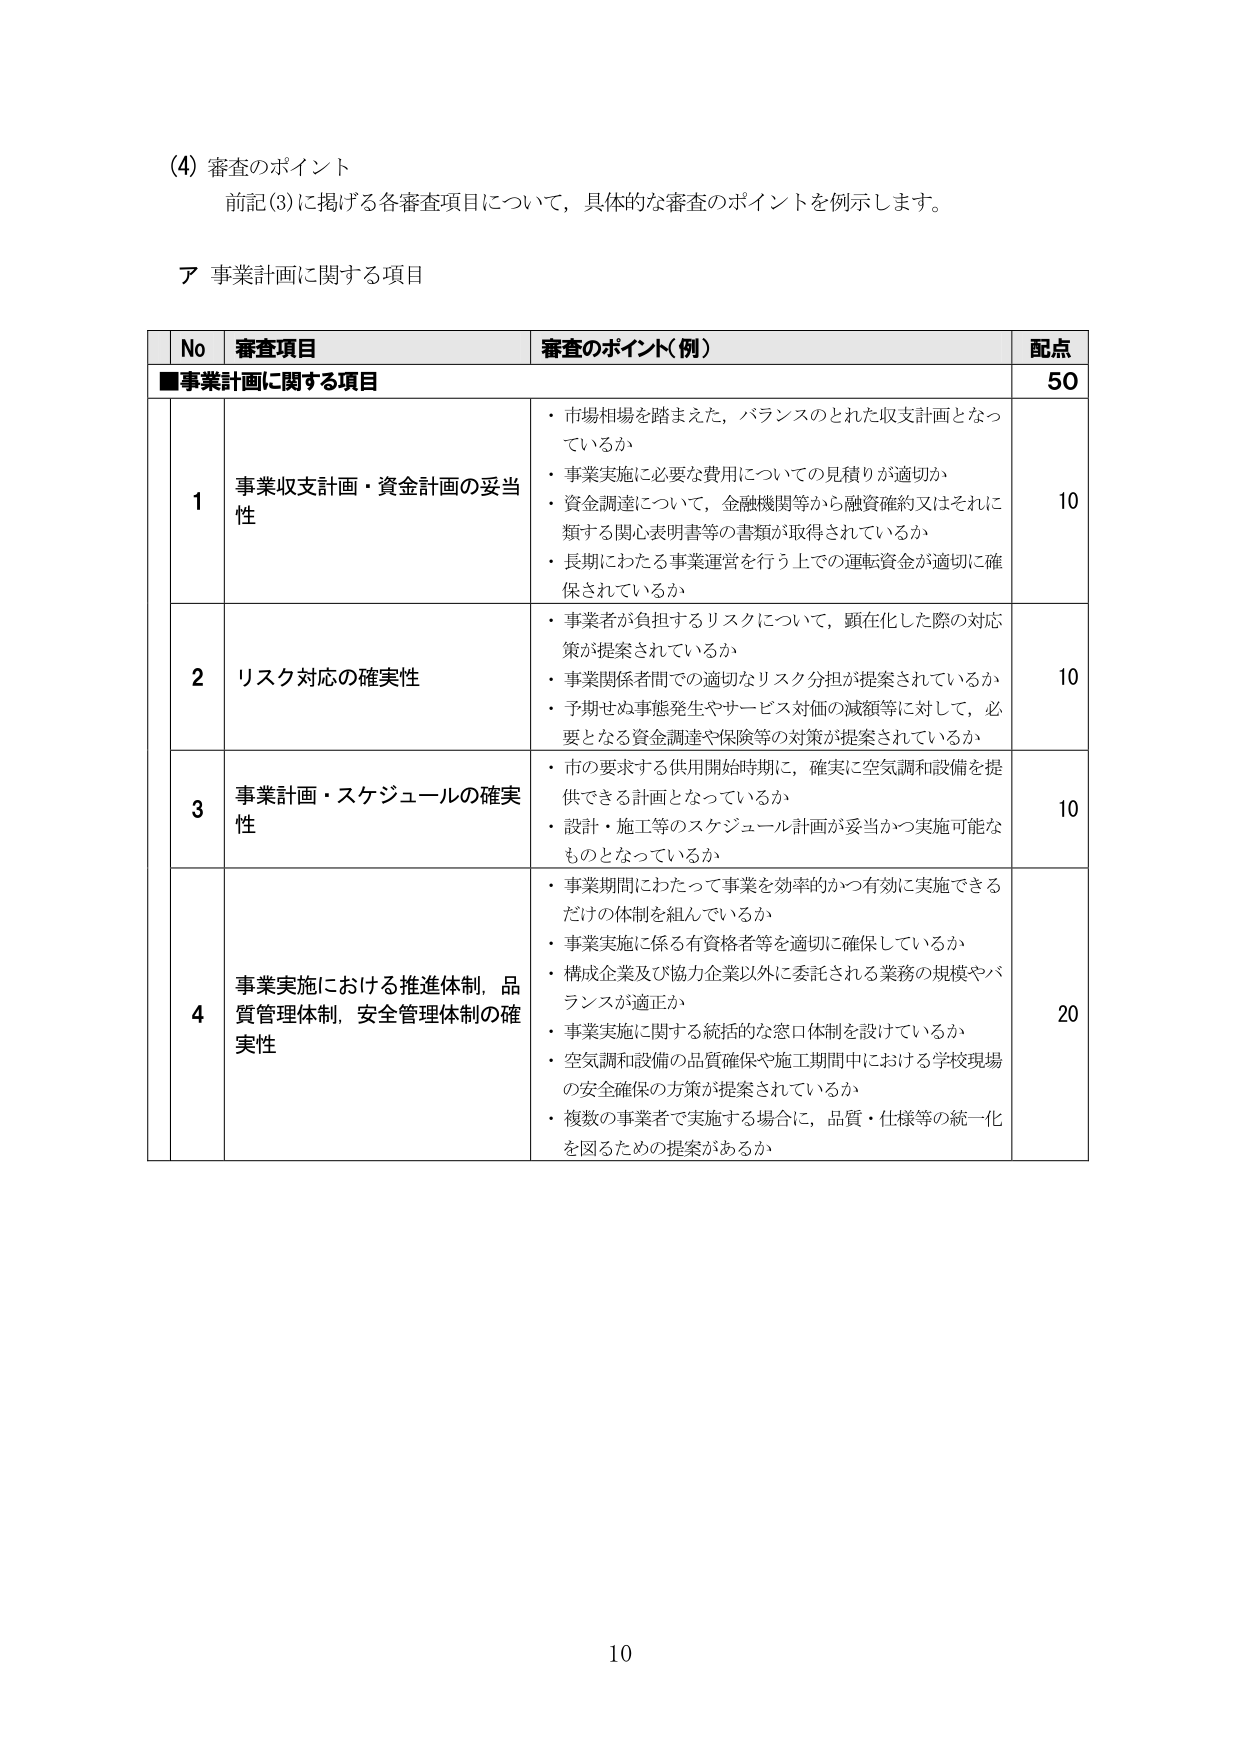
(4) 審査のポイント
前記(3)に掲げる各審査項目について，具体的な審査のポイントを例示します。

ア 事業計画に関する項目

| No | 審査項目 | 審査のポイント（例） | 配点 |
|----|----------|----------------------|------|
| ■事業計画に関する項目 | | | 50 |
| 1 | 事業収支計画・資金計画の妥当性 | ・市場相場を踏まえた，バランスのとれた収支計画となっているか<br>・事業実施に必要な費用についての見積りが適切か<br>・資金調達について，金融機関等から融資確約又はそれに類する関心表明書等の書類が取得されているか<br>・長期にわたる事業運営を行う上での運転資金が適切に確保されているか | 10 |
| 2 | リスク対応の確実性 | ・事業者が負担するリスクについて，顕在化した際の対応策が提案されているか<br>・事業関係者間での適切なリスク分担が提案されているか<br>・予期せぬ事態発生やサービス対価の減額等に対して，必要となる資金調達や保険等の対策が提案されているか | 10 |
| 3 | 事業計画・スケジュールの確実性 | ・市の要求する供用開始時期に，確実に空気調和設備を提供できる計画となっているか<br>・設計・施工等のスケジュール計画が妥当かつ実施可能なものとなっているか | 10 |
| 4 | 事業実施における推進体制，品質管理体制，安全管理体制の確実性 | ・事業期間にわたって事業を効率的かつ有効に実施できるだけの体制を組んでいるか<br>・事業実施に係る有資格者等を適切に確保しているか<br>・構成企業及び協力企業以外に委託される業務の規模やバランスが適正か<br>・事業実施に関する統括的な窓口体制を設けているか<br>・空気調和設備の品質確保や施工期間中における学校現場の安全確保の方策が提案されているか<br>・複数の事業者で実施する場合に，品質・仕様等の統一化を図るための提案があるか | 20 |

10